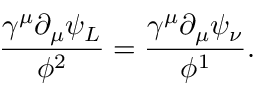
\frac { \gamma ^ { \mu } \partial _ { \mu } \psi _ { L } } { \phi ^ { 2 } } = \frac { \gamma ^ { \mu } \partial _ { \mu } \psi _ { \nu } } { \phi ^ { 1 } } .